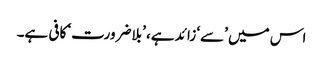
اس میں ’سے‘ زائد ہے، ’بلاضرورت‘ کافی ہے۔